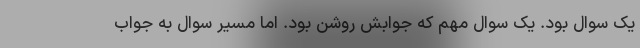
یک سوال بود. یک سوال مهم که جوابش روشن بود. اما مسیر سوال به جواب